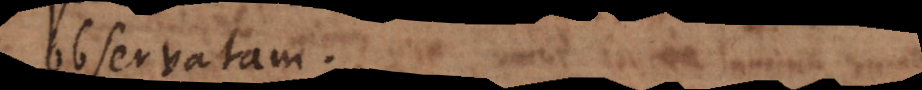
observatam.